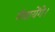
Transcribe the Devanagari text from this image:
गँवायेंगे।